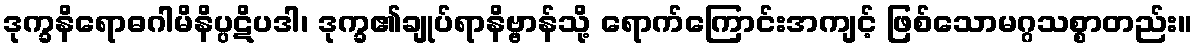
ဒုက္ခနိရောဓဂါမိနိပ္ပဋိပဒါ၊ ဒုက္ခ၏ချုပ်ရာနိဗ္ဗာန်သို့ ရောက်ကြောင်းအကျင့် ဖြစ်သောမဂ္ဂသစ္စာတည်း။